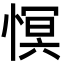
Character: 慏